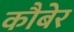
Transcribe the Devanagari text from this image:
कौबेर